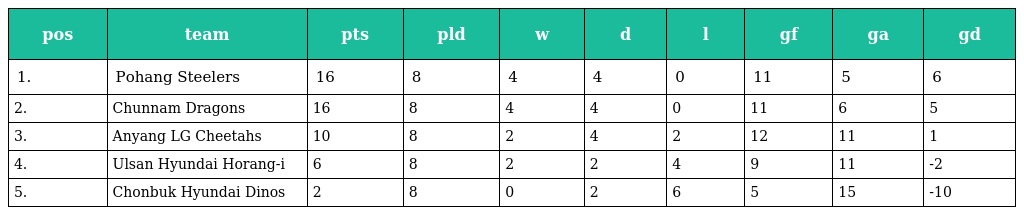
| pos | team | pts | pld | w | d | l | gf | ga | gd |
 | --- | --- | --- | --- | --- | --- | --- | --- | --- | --- |
 | 1. | Pohang Steelers | 16 | 8 | 4 | 4 | 0 | 11 | 5 | 6 |
 | 2. | Chunnam Dragons | 16 | 8 | 4 | 4 | 0 | 11 | 6 | 5 |
 | 3. | Anyang LG Cheetahs | 10 | 8 | 2 | 4 | 2 | 12 | 11 | 1 |
 | 4. | Ulsan Hyundai Horang-i | 6 | 8 | 2 | 2 | 4 | 9 | 11 | -2 |
 | 5. | Chonbuk Hyundai Dinos | 2 | 8 | 0 | 2 | 6 | 5 | 15 | -10 |